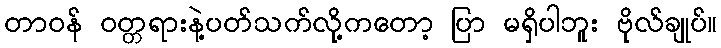
တာဝန် ဝတ္တရားနဲ့ပတ်သက်လို့ကတော့ ပြာ မရှိပါဘူး ဗိုလ်ချုပ်။